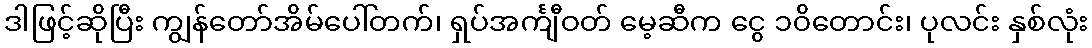
ဒါဖြင့်ဆိုပြီး ကျွန်တော်အိမ်ပေါ်တက်၊ ရှပ်အင်္ကျီဝတ် မေ့ဆီက ငွေ ၁၀ိတောင်း၊ ပုလင်း နှစ်လုံး